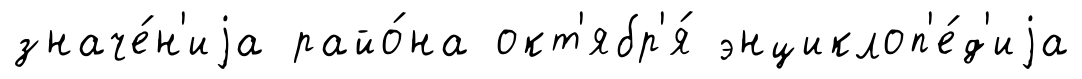
значе́н'иjа райо́на окт'ябр'я́ энциклоп'е́д'иjа